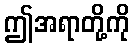
ဤအရာတို့ကို